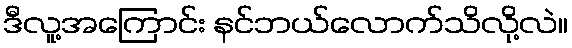
ဒီလူ့အကြောင်း နင်ဘယ်လောက်သိလို့လဲ။